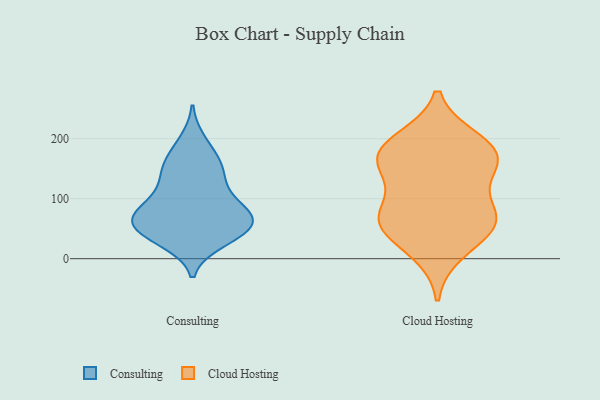
{"axis": {"x": "Active Users", "y": "Value"}, "legend": ["Cloud Hosting", "Consulting"], "data": [{"x": "", "y": 114, "type": "Consulting"}, {"x": "", "y": 54, "type": "Consulting"}, {"x": "", "y": 141, "type": "Consulting"}, {"x": "", "y": 71, "type": "Consulting"}, {"x": "", "y": 138, "type": "Consulting"}, {"x": "", "y": 77, "type": "Consulting"}, {"x": "", "y": 66, "type": "Consulting"}, {"x": "", "y": 40, "type": "Consulting"}, {"x": "", "y": 46, "type": "Consulting"}, {"x": "", "y": 30, "type": "Consulting"}, {"x": "", "y": 74, "type": "Consulting"}, {"x": "", "y": 41, "type": "Consulting"}, {"x": "", "y": 195, "type": "Consulting"}, {"x": "", "y": 92, "type": "Consulting"}, {"x": "", "y": 69, "type": "Consulting"}, {"x": "", "y": 169, "type": "Consulting"}, {"x": "", "y": 156, "type": "Consulting"}, {"x": "", "y": 61, "type": "Cloud Hosting"}, {"x": "", "y": 84, "type": "Cloud Hosting"}, {"x": "", "y": 188, "type": "Cloud Hosting"}, {"x": "", "y": 55, "type": "Cloud Hosting"}, {"x": "", "y": 153, "type": "Cloud Hosting"}, {"x": "", "y": 66, "type": "Cloud Hosting"}, {"x": "", "y": 150, "type": "Cloud Hosting"}, {"x": "", "y": 12, "type": "Cloud Hosting"}, {"x": "", "y": 164, "type": "Cloud Hosting"}, {"x": "", "y": 197, "type": "Cloud Hosting"}, {"x": "", "y": 176, "type": "Cloud Hosting"}, {"x": "", "y": 63, "type": "Cloud Hosting"}]}